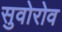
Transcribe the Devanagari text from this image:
सुवोरोव